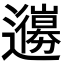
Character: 𨘳